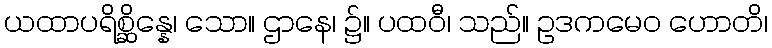
ယထာပရိစ္ဆိန္နေ၊ သော။ ဌာနေ၊ ၌။ ပထဝီ၊ သည်။ ဥဒကမေဝ ဟောတိ၊